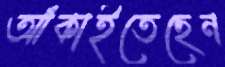
আঁকাইতেছেন